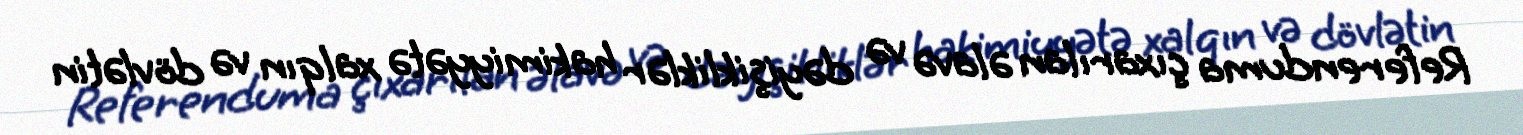
Referenduma çıxarılan əlavə və dəyişikliklər hakimiyyətə xalqın və dövlətin